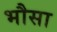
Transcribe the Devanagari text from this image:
भौसा